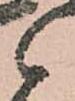
候